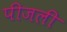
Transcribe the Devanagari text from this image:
पीजली